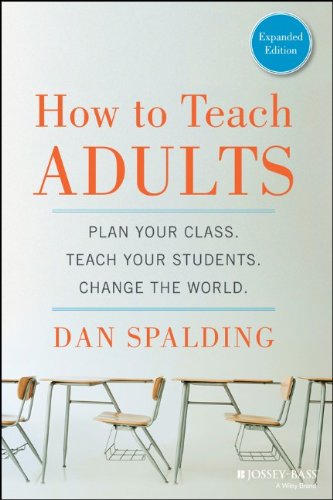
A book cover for How to Teach Adults: Plan Your Class, Teach Your Students, Change the World, Expanded Edition (Jossey-Bass Higher and Adult Education); Dan Spalding; Education & Teaching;